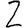
Digit: 2